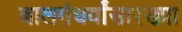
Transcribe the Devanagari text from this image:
बालगंधर्वांसारख्या